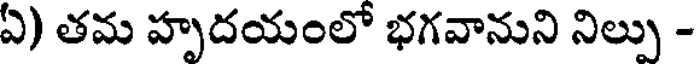
ఏ) తమ హృదయంలో భగవానుని నిల్పు -